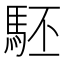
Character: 駓